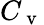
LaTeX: C_{\mathrm{~v~}}